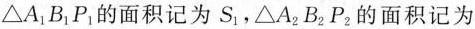
\triangle A_{1}B_{1}P_{1}的面积记为S_{1}。\triangle A_{2}B_{2}P_{2}的面积记为